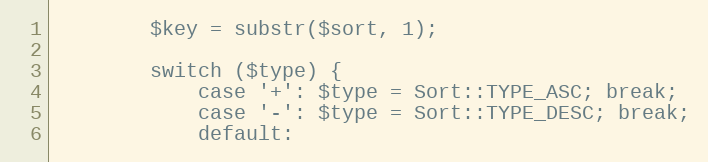
Language: PHP
        $key = substr($sort, 1);

        switch ($type) {
            case '+': $type = Sort::TYPE_ASC; break;
            case '-': $type = Sort::TYPE_DESC; break;
            default: